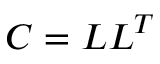
C = L L ^ { T }